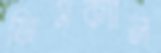
ফিসক্যাল